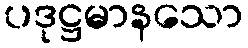
ပဒုဋ္ဌမာနသော